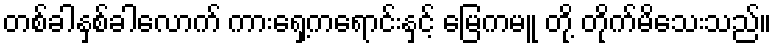
တစ်ခါနှစ်ခါလောက် ကားရှေ့ကရောင်းနှင့် မြေကမူ တို့ တိုက်မိသေးသည်။